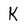
Character: K